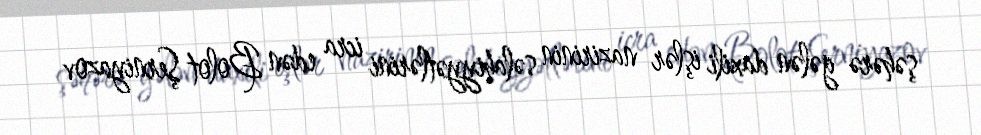
şəhərə gələn daxili işlər nazirinin səlahiyyətlərini icra edən Bolot Şerniyazov